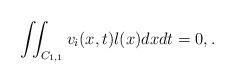
LaTeX: \begin{align*}\iint_{C_{1,1}} v_i(x,t)l(x)dxdt = 0, .\end{align*}